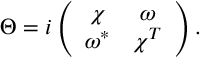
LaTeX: \Theta = i \left( \begin{array} { c c } { { \chi } } & { { \omega } } \\ { { \omega ^ { * } } } & { { \chi ^ { T } } } \end{array} \right) .